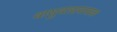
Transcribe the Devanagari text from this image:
वायुवाद्यवादक